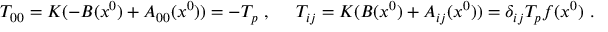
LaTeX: T _ { 0 0 } = K ( - { \cal B } ( x ^ { 0 } ) + { \cal A } _ { 0 0 } ( x ^ { 0 } ) ) = - { \cal T } _ { p } ~ , ~ ~ ~ ~ T _ { i j } = K ( { \cal B } ( x ^ { 0 } ) + { \cal A } _ { i j } ( x ^ { 0 } ) ) = \delta _ { i j } { \cal T } _ { p } f ( x ^ { 0 } ) ~ .